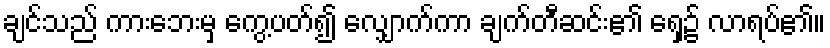
ချင်သည် ကားဘေးမှ ကွေ့ပတ်၍ လျှောက်ကာ ချက်တီဆင်း၏ ရှေ့၌ လာရပ်၏။